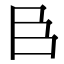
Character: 𮍌